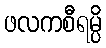
ဖလကစီရမ္ပိ